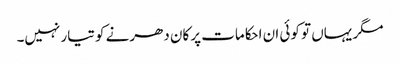
مگر یہاں تو کوئی ان احکامات پر کان دھرنے کو تیار نہیں۔